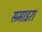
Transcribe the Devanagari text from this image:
समाइरा